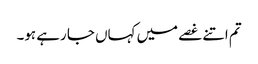
تم اتنے غصے میں کہاں جا رہے ہو۔